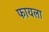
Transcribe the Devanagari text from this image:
फायला